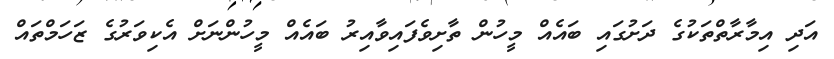
އަދި އިމާރާތްތަކުގެ ދަށުގައި ބައެއް މީހުން ތާށިވެފައިވާއިރު ބައެއް މީހުންނަށް އެކިވަރުގެ ޒަހަމްތައް